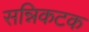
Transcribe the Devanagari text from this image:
सन्निकटक